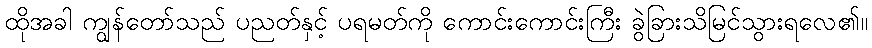
ထိုအခါ ကျွန်တော်သည် ပညတ်နှင့် ပရမတ်ကို ကောင်းကောင်းကြီး ခွဲခြားသိမြင်သွားရလေ၏။